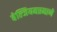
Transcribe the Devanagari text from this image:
बेल्जियमप्रमाणे